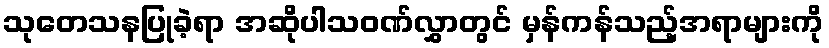
သုတေသနပြုခဲ့ရာ အဆိုပါသဝဏ်လွှာတွင် မှန်ကန်သည့်အရာများကို